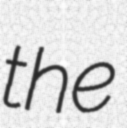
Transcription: the